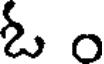
ఓ o